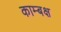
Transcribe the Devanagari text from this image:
काम्बक्ष